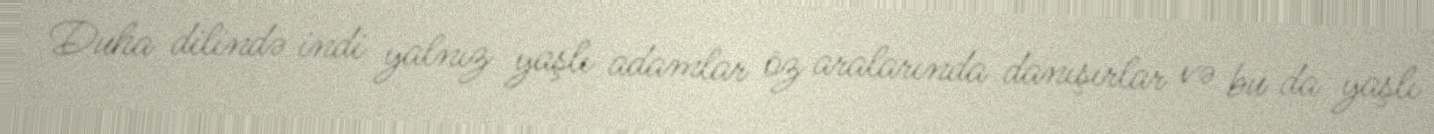
Duha dilində indi yalnız yaşlı adamlar öz aralarında danışırlar və bu da yaşlı